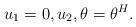
LaTeX: \begin{align*} u_1=0, u_2, \theta= \theta^H.\end{align*}